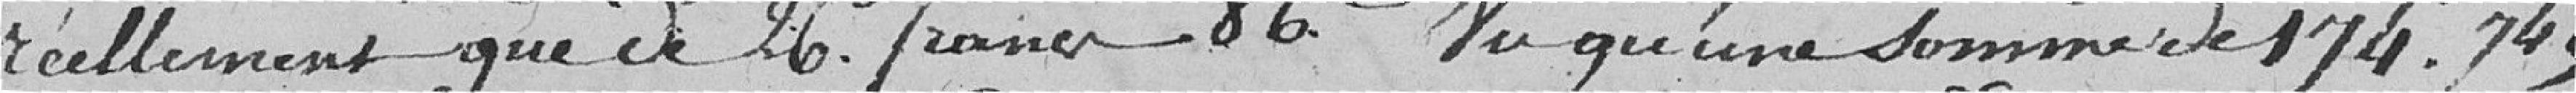
réellement que de 26 francs 86 centimes. Vu qu'une somme de 174,74 francs ;